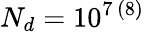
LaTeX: N_{d}=10^{7\, (8)}